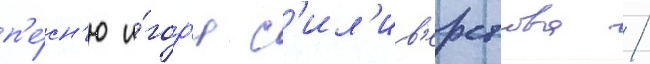
п'е́сн'ю и́гор'я с'ил'ив'ерстова /